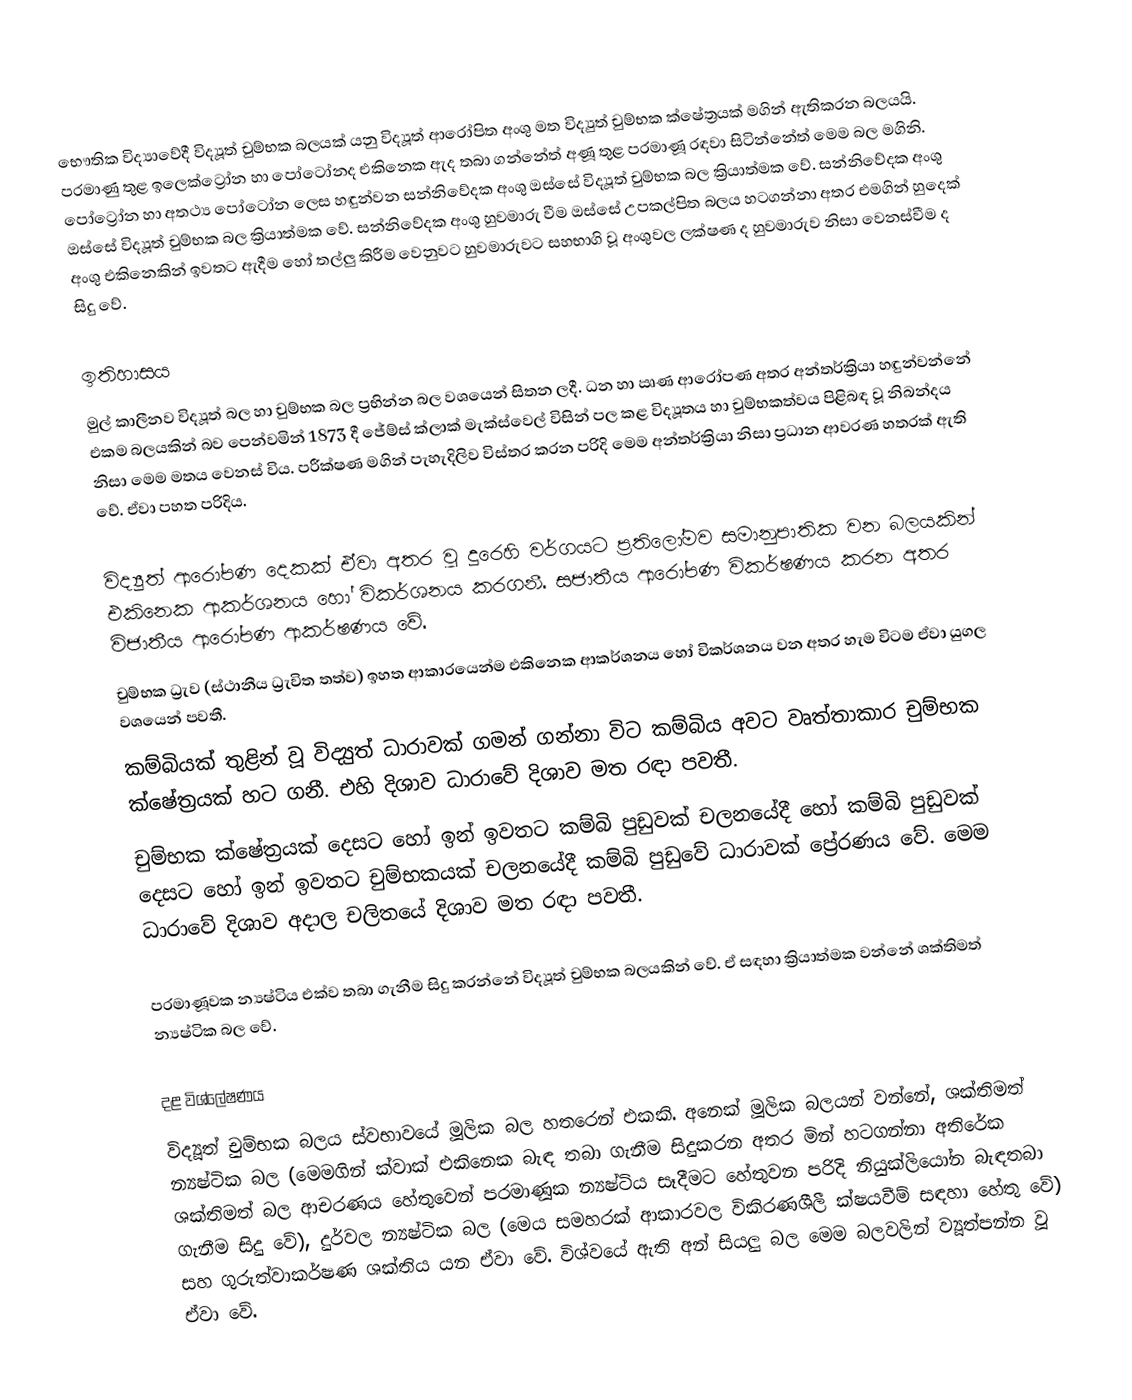
භෞතික විද්‍යාවේදී විද්‍යූත් චුම්භක බලයක් යනු විද්‍යූත් ආරෝපිත අංශු මත විද්‍යුත් චුම්භක ක්ෂේත්‍රයක් මගින් ඇතිකරන බලයයි. පරමාණු තුළ ඉලෙක්ට්‍රෝන හා පෝටෝනද එකිනෙක ඇද තබා ගන්නේත් අණූ තුළ පරමාණූ රඳවා සිටින්නේත් මෙම බල මගිනි. පෝට්‍රෝන හා අතථ්‍ය පෝටෝන ලෙස හඳුන්වන සන්නිවේදක අංශු ඔස්සේ විද්‍යූත් චුම්භක බල ක්‍රියාත්මක වේ. සන්නිවේදක අංශු ඔස්සේ විද්‍යූත් චුම්භක බල ක්‍රියාත්මක වේ. සන්නිවේදක අංශු හුවමාරු වීම ඔස්සේ උපකල්පිත බලය හටගන්නා අතර එමගින් හුදෙක් අංශු එකිනෙකින් ඉවතට ඇදීම හෝ තල්ලු කිරීම වෙනුවට හුවමාරුවට සහභාගි වූ අංශුවල ලක්ෂණ ද හුවමාරුව නිසා වෙනස්වීම ද සිදු වේ.

ඉතිහාසය
මුල් කාලීනව විද්‍යූත් බල හා චුම්භක බල ප්‍රභින්න බල වශයෙන් සිතන ලදී. ධන හා ඍණ ආරෝපණ අතර අන්තර්ක්‍රියා හඳුන්වන්නේ එකම බලයකින් බව පෙන්වමින් 1873 දී ජේම්ස් ක්ලාක් මැක්ස්වෙල් විසින් පල කළ විද්‍යූතය හා චුම්භකත්වය පිළිබඳ වූ නිබන්දය නිසා මෙම මතය වෙනස් විය. පරීක්ෂණ මගින් පැහැදිලිව විස්තර කරන පරිදි මෙම අන්තර්ක්‍රියා නිසා ප්‍රධාන ආවරණ හතරක් ඇති වේ. ඒවා පහත පරිදිය.

විද්‍යුත් ආරෝපණ දෙකක් ඒවා අතර වූ දුරෙහි වර්ගයට ප්‍රතිලෝමව සමානුපාතික වන බලයකින් එකිනෙක ආකර්ශනය හෝ විකර්ශනය කරගනී. සජාතීය ආරෝපණ විකර්ෂණය කරන අතර විජාතීය ආරෝපණ ආකර්ෂණය වේ.
චුම්භක ධ්‍රැව (ස්ථානීය ධ්‍රැවිත තත්ව) ඉහත ආකාරයෙන්ම එකිනෙක ආකර්ශනය හෝ විකර්ශනය වන අතර හැම විටම ඒවා යුගල වශයෙන් පවතී.
කම්බියක් තුළින් වූ විද්‍යුත් ධාරාවක් ගමන් ගන්නා විට කම්බිය අවට වෘත්තාකාර චුම්භක ක්ෂේත්‍රයක් හට ගනී. එහි දිශාව ධාරාවේ දිශාව මත රඳා පවතී.
චුම්භක ක්ෂේත්‍රයක් දෙසට හෝ ඉන් ඉවතට කම්බි පුඩුවක් චලනයේදී හෝ කම්බි පුඩුවක් දෙසට හෝ ඉන් ඉවතට චුම්භකයක් චලනයේදී කම්බි පුඩුවේ ධාරාවක් ප්‍රේරණය වේ. මෙම ධාරාවේ දිශාව අදාල චලිතයේ දිශාව මත රඳා පවතී.

පරමාණූවක න්‍යෂ්ටිය එක්ව තබා ගැනීම සිදු කරන්නේ විද්‍යූත් චුම්භක බලයකින් වේ. ඒ සඳහා ක්‍රියාත්මක වන්නේ ශක්තිමත් න්‍යෂ්ටික බල වේ.

දළ විශ්ලේෂණය
විද්‍යූත් චුම්භක බලය ස්වභාවයේ මූලික බල හතරෙන් එකකි. අනෙක් මූලික බලයන් වන්නේ, ශක්තිමත් න්‍යෂ්ටික බල (මෙමගින් ක්වාක් එකිනෙක බැඳ තබා ගැනීම සිදුකරන අතර මින් හටගන්නා අතිරේක ශක්තිමත් බල ආචරණය හේතුවෙන් පරමාණූක න්‍යෂ්ටිය සෑදීමට හේතුවන පරිදි නියුක්ලියෝන බැඳතබා ගැනීම සිදු වේ), දුර්වල න්‍යෂ්ටික බල (මෙය සමහරක් ආකාරවල විකිරණශීලී ක්ෂයවීම් සඳහා හේතු වේ) සහ ගුරුත්වාකර්ෂණ ශක්තිය යන ඒවා වේ. විශ්වයේ ඇති අන් සියලු බල මෙම බලවලින් ව්‍යූත්පන්න වූ ඒවා වේ.